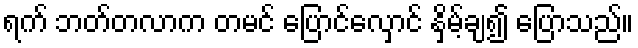
ရက် ဘတ်တလာက တမင် ပြောင်လှောင် နှိမ့်ချ၍ ပြောသည်။